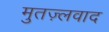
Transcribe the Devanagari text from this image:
मुतज़्लवाद